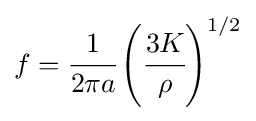
f={\cfrac {1}{2\pi a}}\left({\cfrac {3K}{\rho }}\right)^{1/2}